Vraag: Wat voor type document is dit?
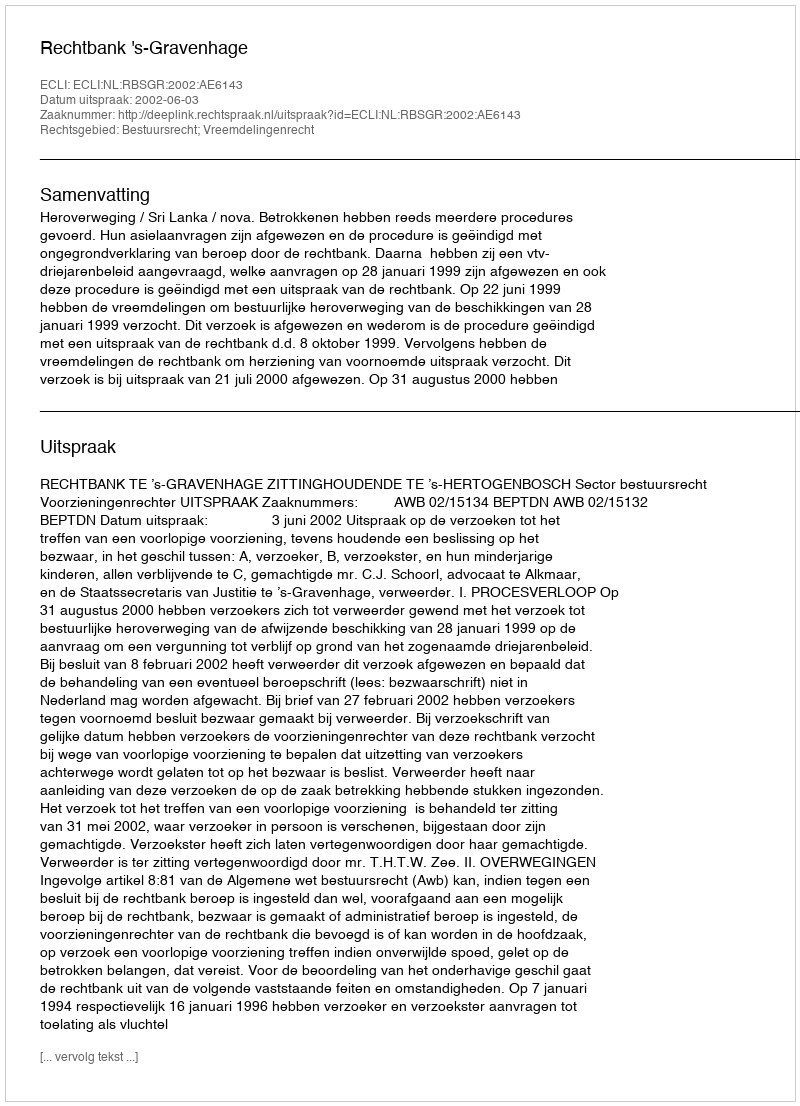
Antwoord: Uitspraak